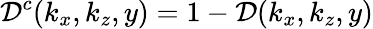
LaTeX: \mathcal{D}^{c}(k_{x},k_{z},y)=1-\mathcal{D}(k_{x},k_{z},y)